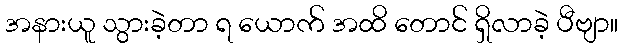
အနားယူ သွားခဲ့တာ ရ ယောက် အထိ တောင် ရှိလာခဲ့ ပီဗျာ။